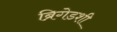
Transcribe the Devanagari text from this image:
ब्रिगेडशी